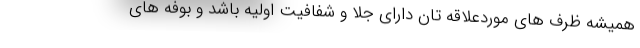
همیشه ظرف های موردعلاقه تان دارای جلا و شفافیت اولیه باشد و بوفه های